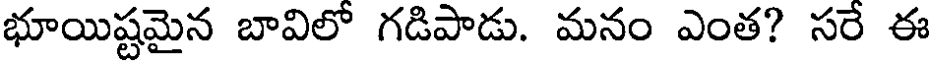
భూయిష్టమైన బావిలో గడిపాడు. మనం ఎంత? సరే ఈ